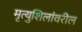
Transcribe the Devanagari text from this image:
मृत्युशिलांवरील